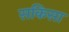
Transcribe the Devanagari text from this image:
सकिसा